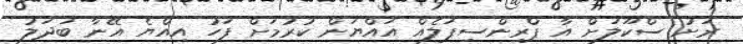
ރަށު ސްކޫލަށް އާ ޕްރިންސިޕަލެއް އައްޔަން ކުރުމަށް ފަހު އިއްޔެ އޭނާ ބަދަލު